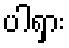
ပါရှား